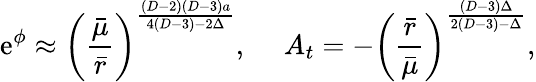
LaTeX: \mathrm{e}^{\phi}\approx\left({\frac{{\bar{{\mu}}}}{{\bar{{r}}}}}\right)^{\frac{{(D-2)(D-3)a}}{{4(D-3)-2\Delta}}},\ \ \ \ \ A_{t}=-\left({\frac{{\bar{{r}}}}{{\bar{{\mu}}}}}\right)^{\frac{{(D-3)\Delta}}{{2(D-3)-\Delta}}},